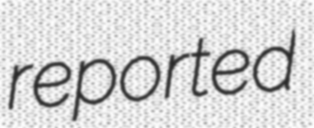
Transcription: reported